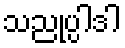
သညုပ္ပါဒါ